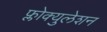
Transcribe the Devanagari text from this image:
फ्लोक्युलेशन